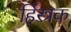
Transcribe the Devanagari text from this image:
हिंस्त्रक